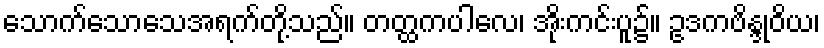
သောက်သောသေအရက်တို့သည်။ တတ္ထကပါလေ၊ အိုးကင်းပူ၌။ ဥဒကဗိန္ဒုဝိယ၊